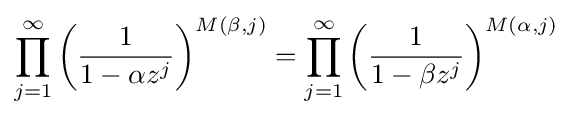
\prod _{j=1}^{\infty }\left({1 \over 1-\alpha z^{j}}\right)^{M(\beta ,j)}=\prod _{j=1}^{\infty }\left({1 \over 1-\beta z^{j}}\right)^{M(\alpha ,j)}